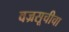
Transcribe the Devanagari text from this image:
वज्रसूचीचा